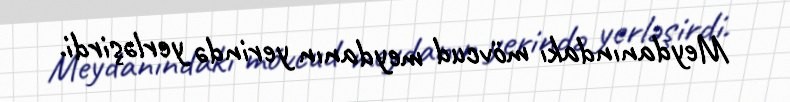
Meydanındakı mövcud meydanın yerində yerləşirdi.